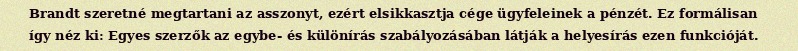
Brandt szeretné megtartani az asszonyt, ezért elsikkasztja cége ügyfeleinek a pénzét. Ez formálisan így néz ki: Egyes szerzők az egybe- és különírás szabályozásában látják a helyesírás ezen funkcióját.